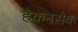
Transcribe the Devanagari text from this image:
हैकनसैक